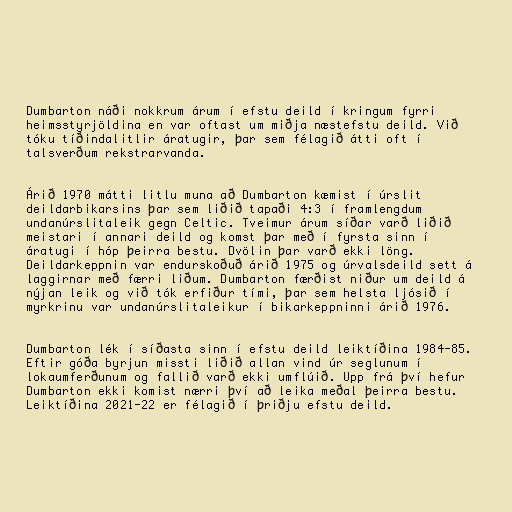
Dumbarton náði nokkrum árum í efstu deild í kringum fyrri
heimsstyrjöldina en var oftast um miðja næstefstu deild. Við
tóku tíðindalitlir áratugir, þar sem félagið átti oft í
talsverðum rekstrarvanda.

Árið 1970 mátti litlu muna að Dumbarton kæmist í úrslit
deildarbikarsins þar sem liðið tapaði 4:3 í framlengdum
undanúrslitaleik gegn Celtic. Tveimur árum síðar varð liðið
meistari í annari deild og komst þar með í fyrsta sinn í
áratugi í hóp þeirra bestu. Dvölin þar varð ekki löng.
Deildarkeppnin var endurskoðuð árið 1975 og úrvalsdeild sett á
laggirnar með færri liðum. Dumbarton færðist niður um deild á
nýjan leik og við tók erfiður tími, þar sem helsta ljósið í
myrkrinu var undanúrslitaleikur í bikarkeppninni árið 1976.

Dumbarton lék í síðasta sinn í efstu deild leiktíðina 1984-85.
Eftir góða byrjun missti liðið allan vind úr seglunum í
lokaumferðunum og fallið varð ekki umflúið. Upp frá því hefur
Dumbarton ekki komist nærri því að leika meðal þeirra bestu.
Leiktíðina 2021-22 er félagið í þriðju efstu deild.